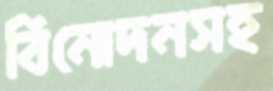
বিনোদনসহ